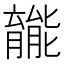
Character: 𫆽